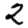
Digit: 2